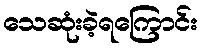
သေဆုံးခဲ့ရကြောင်း